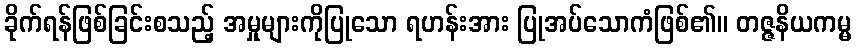
ခိုက်ရန်ဖြစ်ခြင်းစသည့် အမှုများကိုပြုသော ရဟန်းအား ပြုအပ်သောကံဖြစ်၏။ တဇ္ဇနိယကမ္မ